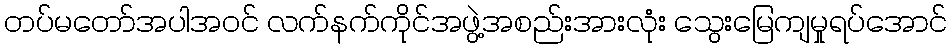
တပ်မတော်အပါအဝင် လက်နက်ကိုင်အဖွဲ့အစည်းအားလုံး သွေးမြေကျမှုရပ်အောင်